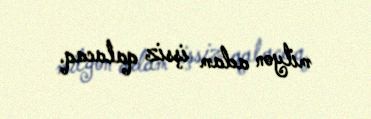
milyon adam işsiz qalacaq.